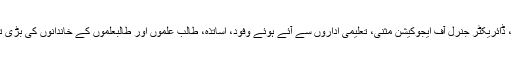
اختتامی تقریب میں روضہ مبارک حضرت عباس علیہ السلام کے نمائندہ وفد، ڈائریکٹر جنرل آف ایجوکیشن مثنی، تعلیمی اداروں سے آئے ہوئے وفود، اساتذہ، طالب علموں اور طالبعلموں کے خاندانوں کی بڑی تعداد نےشرکت کرتے ہوئے ان ذہین اور ہونہار بچوں کی حوصلہ افزائی کی۔